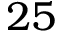
2 5